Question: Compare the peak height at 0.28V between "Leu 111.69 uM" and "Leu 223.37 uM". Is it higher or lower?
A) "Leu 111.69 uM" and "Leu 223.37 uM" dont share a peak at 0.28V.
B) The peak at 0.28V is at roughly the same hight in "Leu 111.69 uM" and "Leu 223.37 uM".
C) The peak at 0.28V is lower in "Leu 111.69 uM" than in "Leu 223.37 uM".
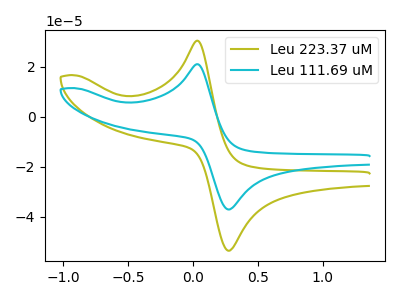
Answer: <think>The olive curve "Leu 223.37 uM" has an anodic peak at (0.05V, 30.55uA) and a cathodic peak at (0.30V, -53.55uA). The cyan curve "Leu 111.69 uM" has an anodic peak at (0.05V, 21.15uA) and a cathodic peak at (0.30V, -37.05uA).</think>
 <answer>C) The peak at 0.28V is lower in "Leu 111.69 uM" than in "Leu 223.37 uM".</answer>
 <eval>C</eval>